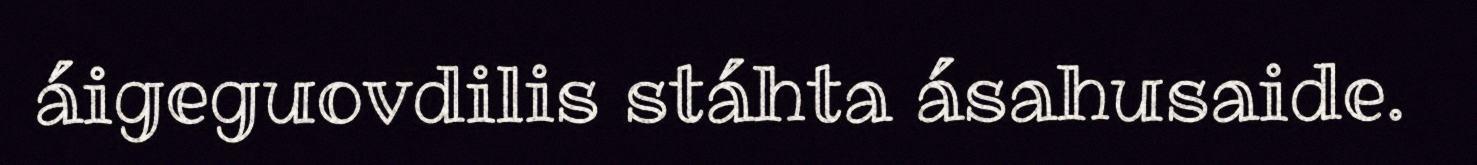
áigeguovdilis stáhta ásahusaide.